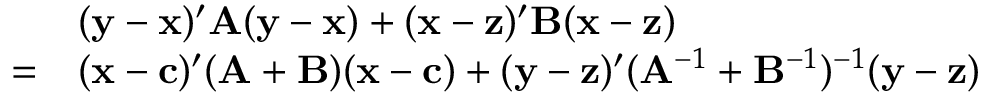
{ \begin{array} { r l } & { ( \mathbf { y } - \mathbf { x } ) ^ { \prime } \mathbf { A } ( \mathbf { y } - \mathbf { x } ) + ( \mathbf { x } - \mathbf { z } ) ^ { \prime } \mathbf { B } ( \mathbf { x } - \mathbf { z } ) } \\ { = } & { ( \mathbf { x } - \mathbf { c } ) ^ { \prime } ( \mathbf { A } + \mathbf { B } ) ( \mathbf { x } - \mathbf { c } ) + ( \mathbf { y } - \mathbf { z } ) ^ { \prime } ( \mathbf { A } ^ { - 1 } + \mathbf { B } ^ { - 1 } ) ^ { - 1 } ( \mathbf { y } - \mathbf { z } ) } \end{array} }